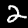
Digit: 2